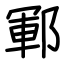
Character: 鄆